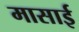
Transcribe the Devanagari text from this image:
मासाई